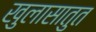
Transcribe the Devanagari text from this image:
खुलासातुत